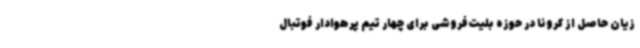
زیان حاصل از کرونا در حوزه بلیت‌فروشی برای چهار تیم پرهوادار فوتبال